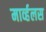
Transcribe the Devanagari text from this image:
मार्व्हलस